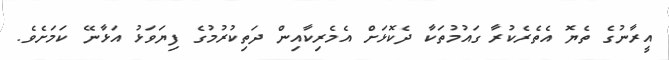
އީރާނުގެ ތެޔޮ އެތެރެކުރާ ގައުމުތަކާ ދެކޮޅަށް އެމެރިކާއިން ދަތިކުރުމުގެ ފިޔަވަޅު އަޅާނޭ ކަމަށެވެ.